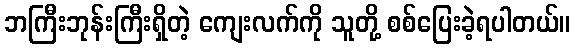
ဘကြီးဘုန်းကြီးရှိတဲ့ ကျေးလက်ကို သူတို့ စစ်ပြေးခဲ့ရပါတယ်။